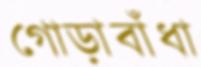
গোড়াবাঁধা